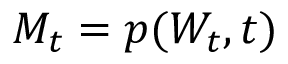
M _ { t } = p ( W _ { t } , t )